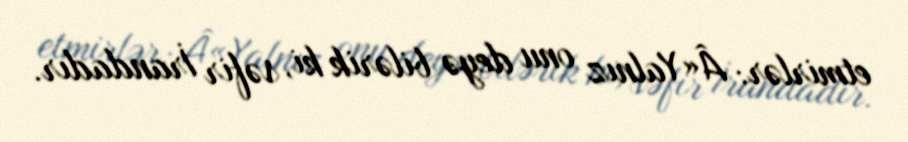
etmirlər: Â«Yalnız onu deyə bilərik ki, səfir İrandadır.